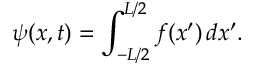
\psi ( x , t ) = \int _ { - L / 2 } ^ { L / 2 } f ( x ^ { \prime } ) \, d x ^ { \prime } .